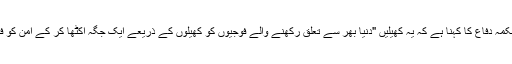
امریکہ کے محکمہ دفاع کا کہنا ہے کہ یہ کھیلیں "دنیا بھر سے تعلق رکھنے والے فوجیوں کو کھیلوں کے ذریعے ایک جگہ اکٹھا کر کے امن کو فروغ دیتے ہیں۔